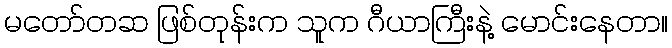
မတော်တဆ ဖြစ်တုန်းက သူက ဂီယာကြီးနဲ့ မောင်းနေတာ။